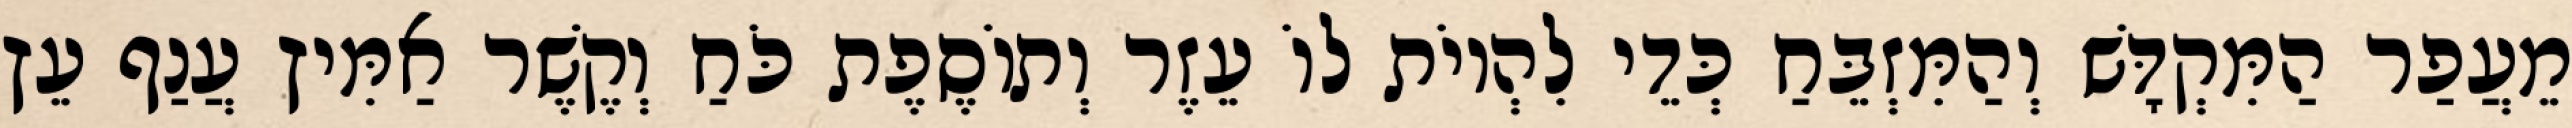
מֵעֲפַר הַמִּקְדָּשׁ וְהַמִּזְבֵּחַ כְּדֵי לִהְיוֹת לוֹ עֵזֶר וְתוֹסֶפֶת כֹּחַ וְקֶשֶׁר אַמִּיץ עֲנַף עֵץ